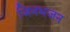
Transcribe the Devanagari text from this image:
जिनभजन